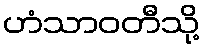
ဟံသာဝတီသို့